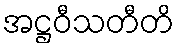
အဋ္ဌဝီသတီတိ